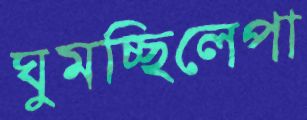
ঘুমচ্ছিলেপা